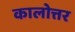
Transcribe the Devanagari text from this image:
कालोत्तर